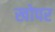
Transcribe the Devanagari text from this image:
खोपर